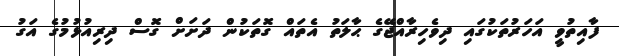
ފާއިތުވީ އަހަރުތަކުގައި ދިވެހިރާއްޖޭގެ ޙާލަތު އެތައް ގޮތަކުން ދަށަށް ގޮސް ދިރިއުޅުމުގެ އަގު